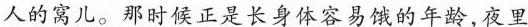
人的窝儿。那时候正是长身体容易饿的年龄,夜里